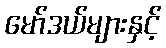
မော်ဒယ်များနှင့်